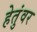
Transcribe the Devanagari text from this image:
हेतुंवर